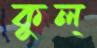
কুল্‌